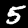
Label: 5